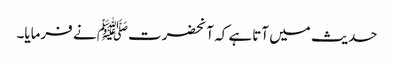
حدیث میں آتاہے کہ آنحضرتﷺ نے فرمایا۔